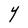
Character: Y